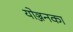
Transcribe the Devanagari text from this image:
योञ्जनका